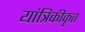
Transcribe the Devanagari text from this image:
यांत्रिकीकृत